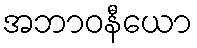
အဘာဝနီယော